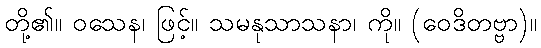
တို့၏။ ဝသေန၊ ဖြင့်။ သမနုသာသနာ၊ ကို။ (ဝေဒိတဗ္ဗာ)။